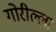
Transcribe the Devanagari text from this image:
गोरील्ला